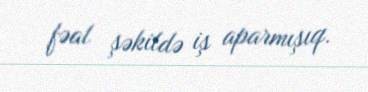
fəal şəkildə iş aparmışıq.